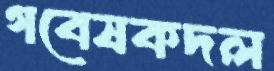
গবেষকদল